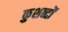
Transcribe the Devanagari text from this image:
कुशब्दों